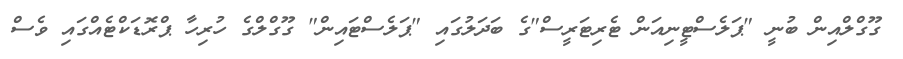
ގޫގްލްއިން ބުނީ "ޕަލެސްޓީނިއަން ޓެރިޓަރީސް"ގެ ބަދަލުގައި "ޕަލެސްޓައިން" ގޫގްލްގެ ހުރިހާ ޕްރޮޑަކްޓެއްގައި ވެސް